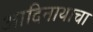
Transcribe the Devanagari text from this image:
आदिनाथाचा